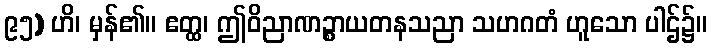
၉၅) ဟိ၊ မှန်၏။ ဧတ္ထ၊ ဤဝိညာဏဉ္စာယတနသညာ သဟဂတံ ဟူသော ပါဌ်၌။